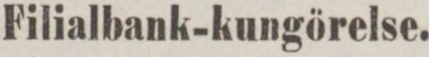
Filialbank-kungörelse.